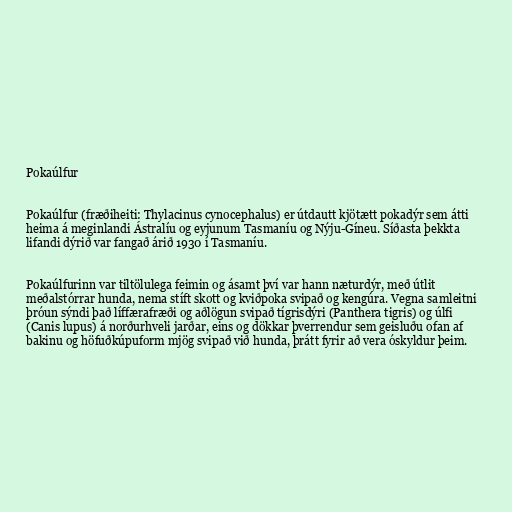
Pokaúlfur

Pokaúlfur (fræðiheiti: Thylacinus cynocephalus) er útdautt kjötætt pokadýr sem átti
heima á meginlandi Ástralíu og eyjunum Tasmaníu og Nýju-Gíneu. Síðasta þekkta
lifandi dýrið var fangað árið 1930 í Tasmaníu.

Pokaúlfurinn var tiltölulega feimin og ásamt því var hann næturdýr, með útlit
meðalstórrar hunda, nema stíft skott og kviðpoka svipað og kengúra. Vegna samleitni
þróun sýndi það líffærafræði og aðlögun svipað tígrisdýri (Panthera tigris) og úlfi
(Canis lupus) á norðurhveli jarðar, eins og dökkar þverrendur sem geisluðu ofan af
bakinu og höfuðkúpuform mjög svipað við hunda, þrátt fyrir að vera óskyldur þeim.